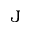
\boldsymbol { \mathrm J }